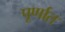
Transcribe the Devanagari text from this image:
पूर्णात